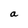
Character: a